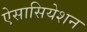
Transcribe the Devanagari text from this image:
ऐसासियेशन